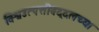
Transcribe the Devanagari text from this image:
विश्वउत्पत्तीबद्दलच्या